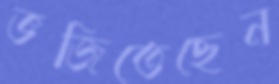
ভজিতেছেন